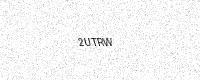
Text: 2UTRW